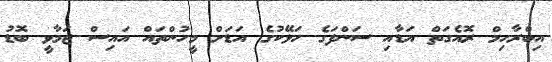
އިބްރާހިމް ރޮއެގަތް އަޑާއި ސަންފަގެ ހަޅޭކުގެ އަޑަށް މީހުންތައް އައިސް ޖަމާވީ ބޮޑު